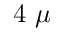
4 ~ \mu